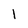
Character: l